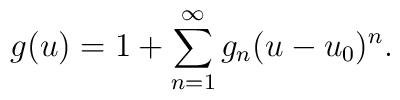
g(u) = 1 + \sum\limits_{n=1}^{\infty} g_n (u-u_0)^n.